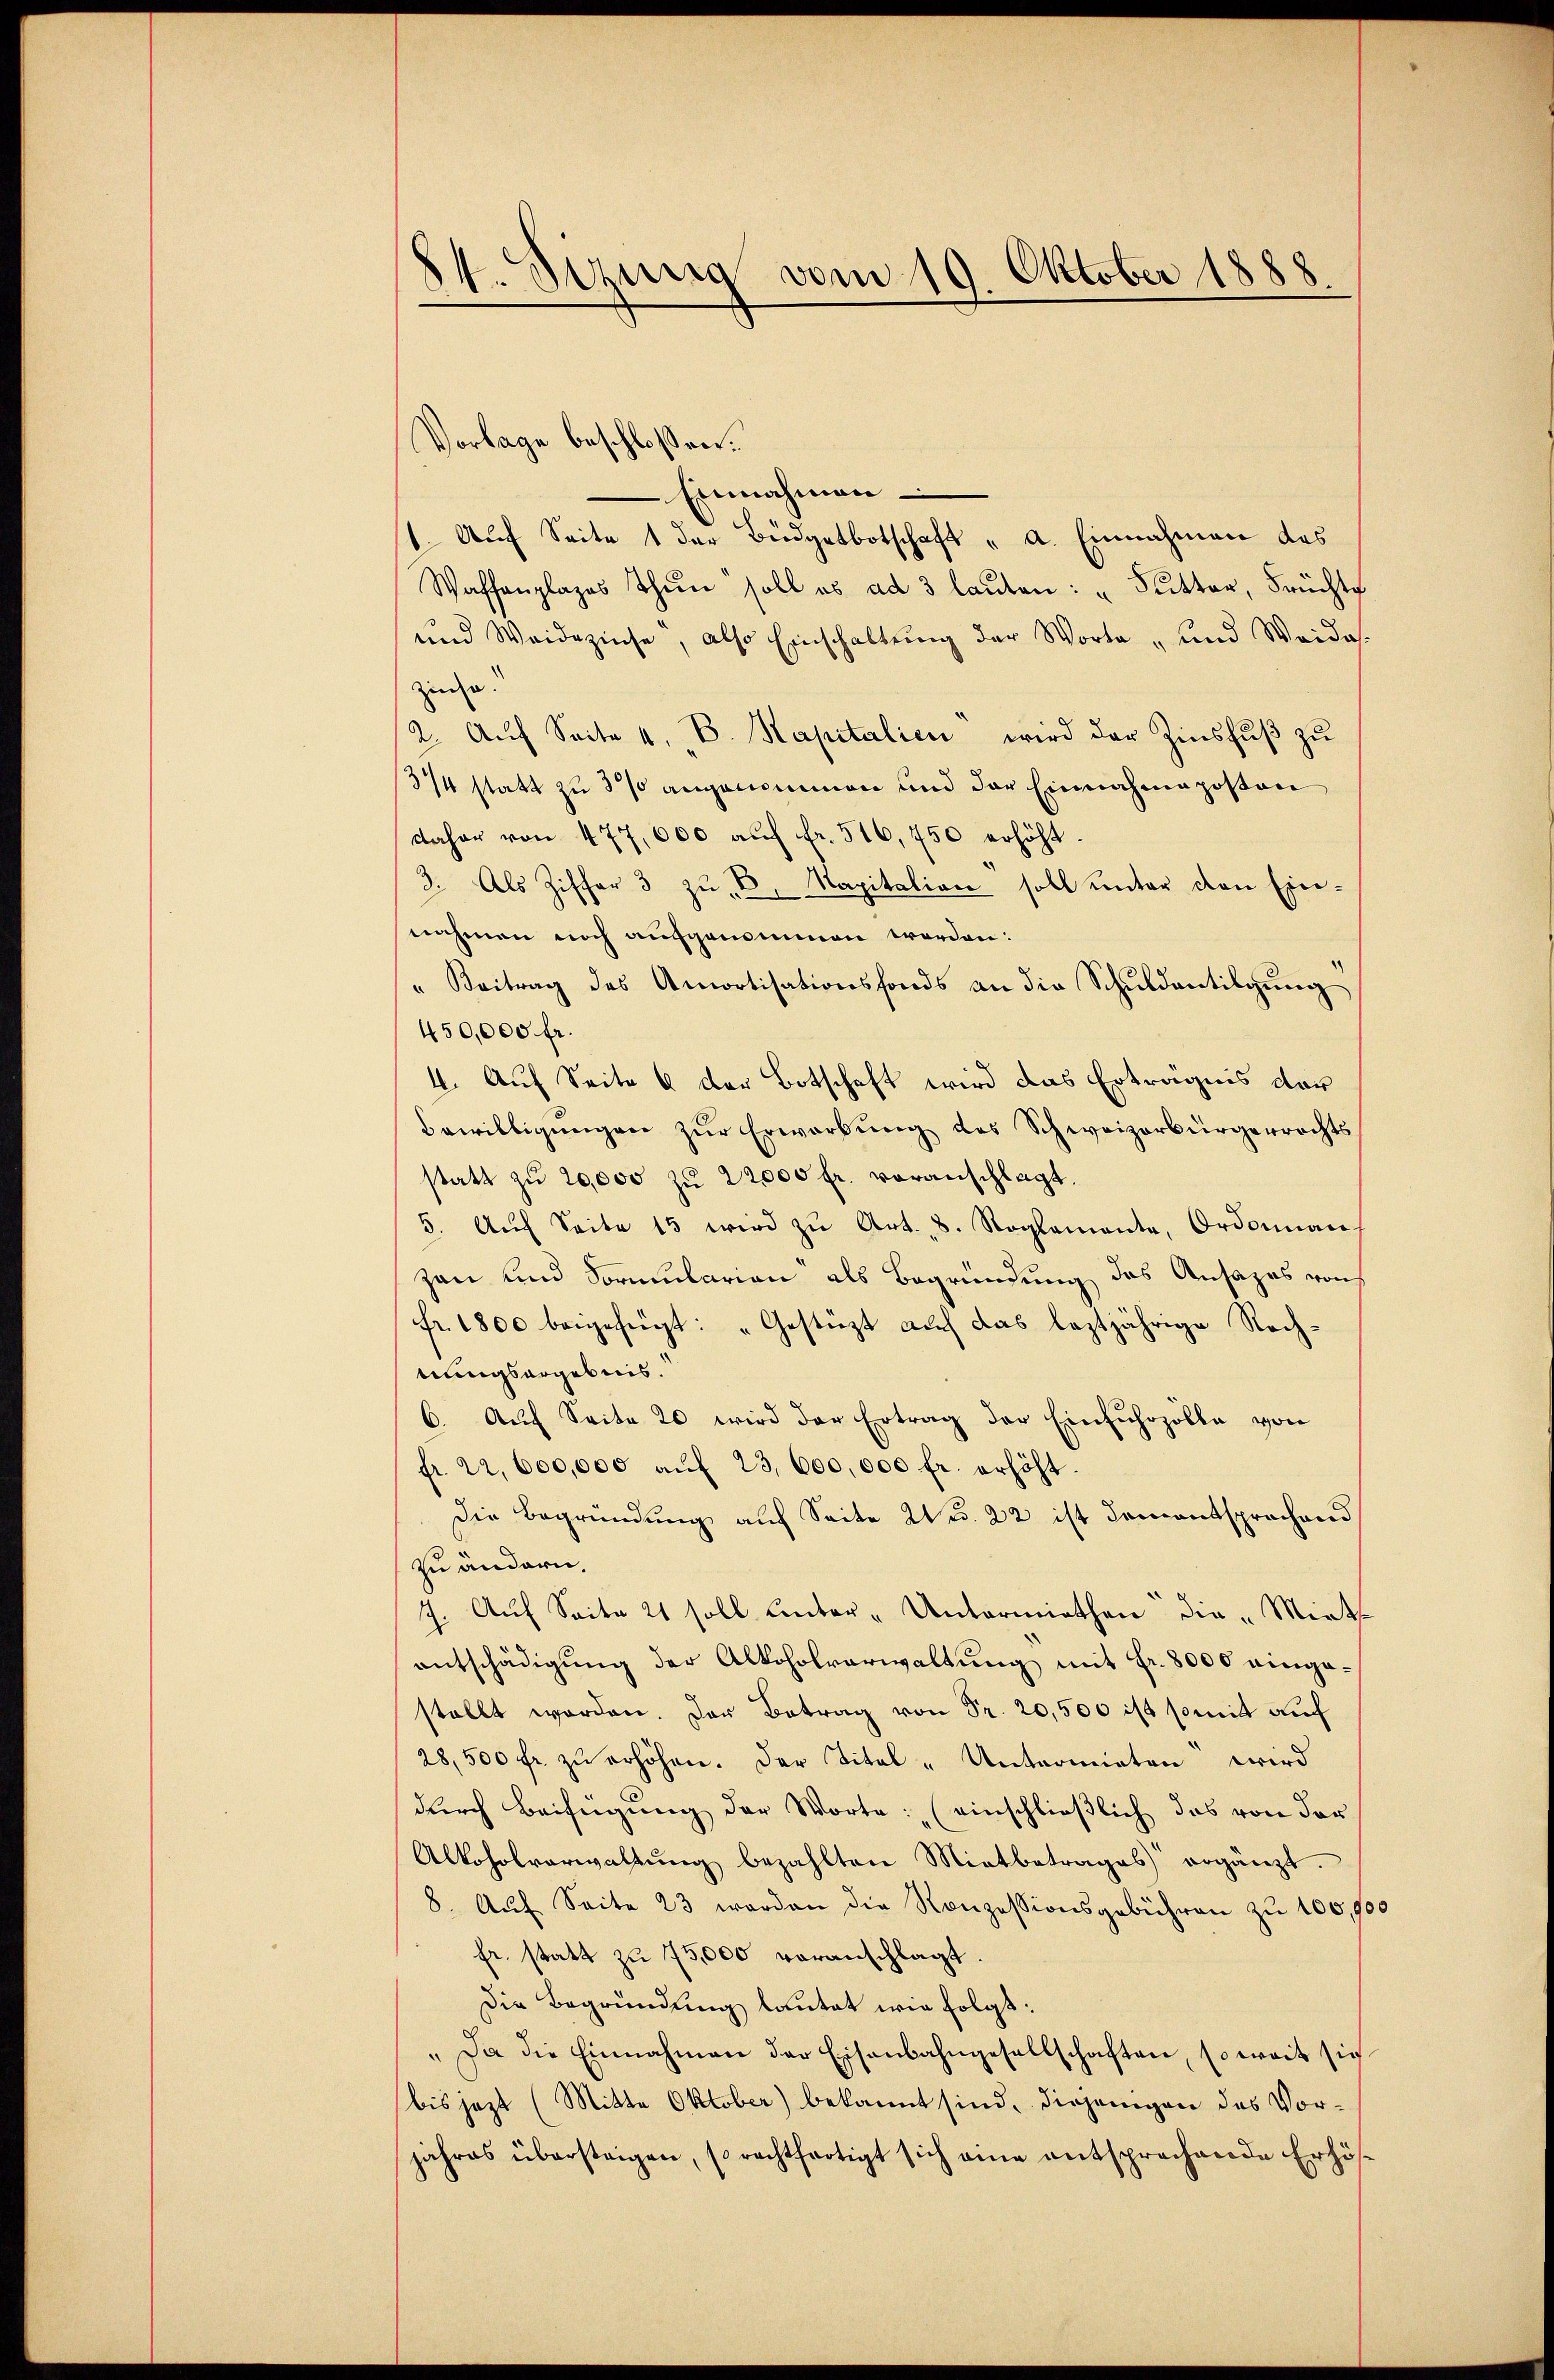
24. Sizung vom 19. Oktober 1888

Vorlage beschloßen:
Einnahmen
1. Auf Seite 1 der Büdgetbotschaft „ a. Einnahmen das
Waffenplages Thun soll es ad 3 lauten: "Sutter, Früchte
und Weidezinse, also Einschaltung der Worte „und Weides.
zin u.
2. Aŭf Seite 4. B. Kapitalien wird der Zinsfŭβ zŭ
3/4 statt zu 3 % angenommen und der Einnahme posten
daher von 477,000 aŭf fr. 516,750 erhöht
3. Als Ziffer 3 zŭ E. Kapitalien soll unter den Ein-
nahmen noch aufgenommen worden:
" Beitrag des Amortisationsfonds an die Schuldentilgung
450,000 fr.
4. Auf Seite 6 der Botschaft wird das Erträgnis der
Bewilligungen zur Erwerbung des Schweizerbürgerrechts
statt zu 20,000 zu 22000 fr. voranschlagt.
5. Aŭf Seite 15 wird zŭ Art. 8. Reglemente, Ordonnan
zan und Formularian als Begründung das Ansages von
fr. 1800 beigefügt: „Gestützt auf das leztjährige Rechnungsergebnis.
6. Aŭf Seite 20 wird der Ertrag der Einfuhrzolle von
fr. 22,600,000 aŭf 23,600,000 fr. erhöht.
Die Begründung auf Seite 2 u. 22 ist dementsprechend
zu ändern.
7. Auf Seite 21 soll unter-Untermiethen die „Mirke
entschädigung der Alkoholverwaltung mit Fr. 8000 eingestellt worden. Der Betrag von Fr. 20,500 ist somit auf
28,500 fr. zŭ erhöhen. Der Titel - Untermieten wird
durch Beifügung der Worte: (einschließlich das von der
Alkoholverwaltŭng bezahlten Mitbetrages ergänzt
8. Aŭf Seite 23 werden die Konzessionsgebühren zu 100,900
fr. statt zu 75,000 voranschlagt.
Die Begründung lautet wie folgt:
„Da die Einnahmen der Eisenbahngesellschaften, so weit sich
bis jezt (Mitte Oktober) bekannt sind, diejenigen des Vorjahres übersteigen, rechtfertigt sich eine entsprechende Erhös¬